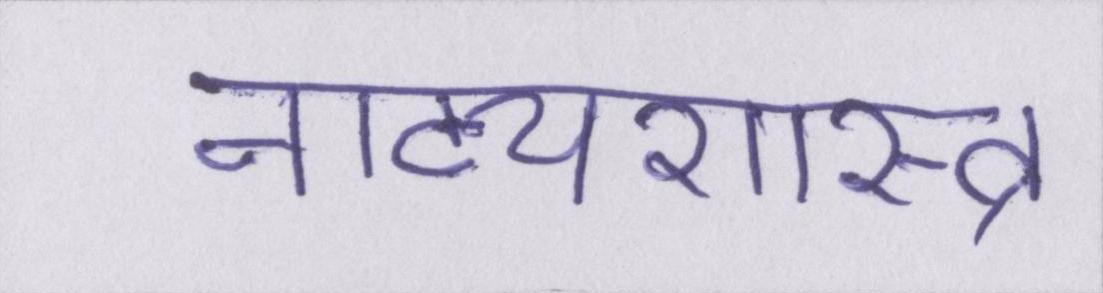
नाट्यशास्त्र